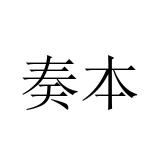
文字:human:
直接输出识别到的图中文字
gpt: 奏本